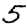
Digit: 5